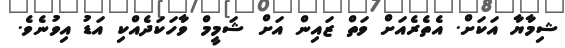
ޝިމާޔާ އަކަށް. އެތެރެއަށް ވަތް ޒައިން އަށް ޝަމީމް ވާހަކަދެއްކި އަޑު އިވުނެވެ.